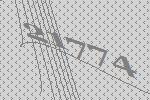
21774